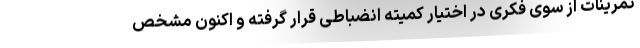
تمرینات از سوی فکری در اختیار کمیته انضباطی قرار گرفته و اکنون مشخص